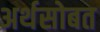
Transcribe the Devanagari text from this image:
अर्थसोबत